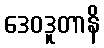
ဒေဝဒူတာနိ